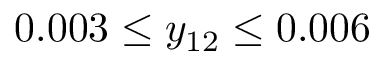
0 . 0 0 3 \leq y _ { 1 2 } \leq 0 . 0 0 6